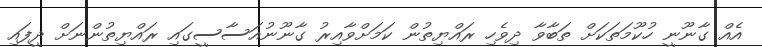
އެއް ގާނޫނީ ހުކޫމަތަކަށް ތަބާވާ ދިވެހި ރައްޔިތުން ކަމަށްވާއިރު ގާނޫނުއަސާސީގައި ރައްޔިތުންނަށް ދީފައި